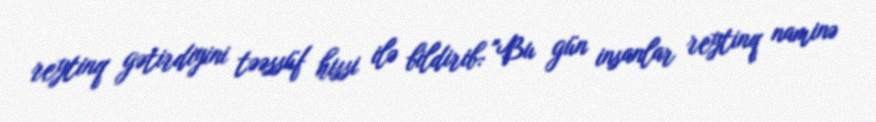
reytinq gətirdiyini təəssüf hissi ilə bildirib: "Bu gün insanlar reytinq naminə